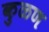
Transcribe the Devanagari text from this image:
कुळण